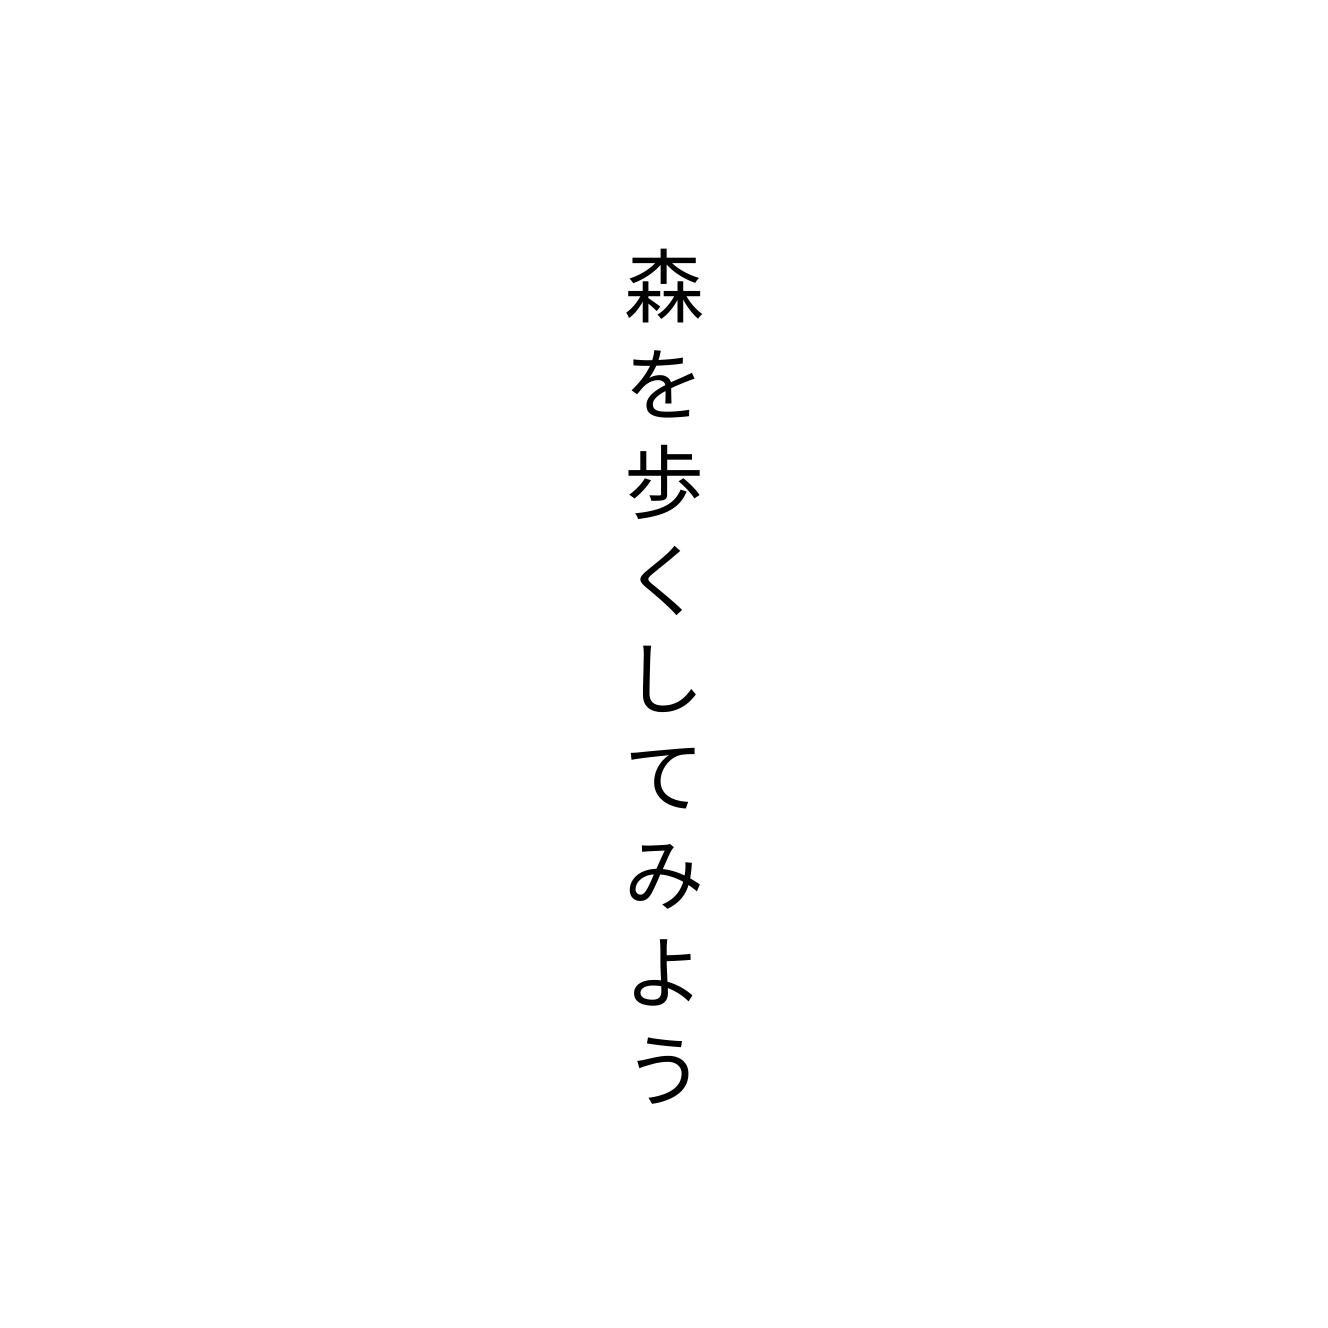
森を歩くしてみよう